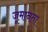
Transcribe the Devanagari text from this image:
जूमानता